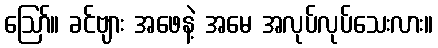
ဪ။ ခင်ဗျား အဖေနဲ့ အမေ အလုပ်လုပ်သေးလား။